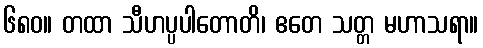
၆၈၀။ တထာ သီဟပ္ပပါတောတိ၊ ဧတေ သတ္တ မဟာသရာ။